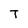
Character: T